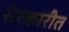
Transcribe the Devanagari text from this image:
संस्कारीत